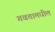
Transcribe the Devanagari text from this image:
गवतामधील